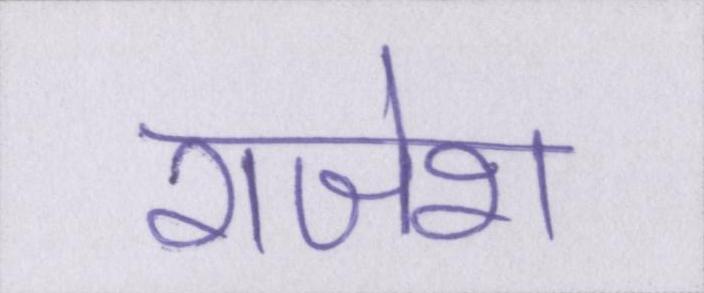
राजेश